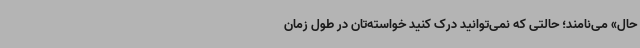
حال» می‌نامند؛ حالتی که نمی‌توانید درک کنید خواسته‌تان در طول زمان